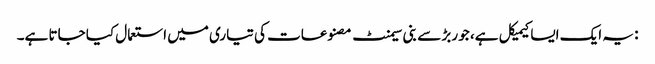
: یہ ایک ایسا کیمیکل ہے، جو ربڑ سے بنی سیمنٹ مصنوعات کی تیاری میں استعمال کیا جاتا ہے۔